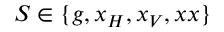
S \in \{ g , x _ { H } , x _ { V } , x x \}